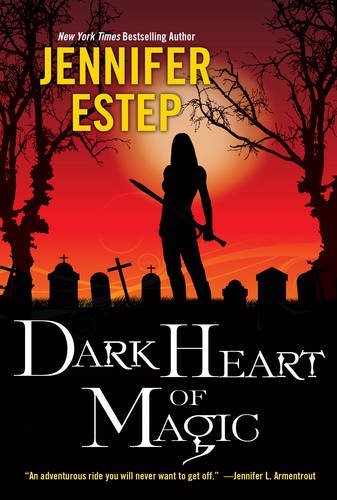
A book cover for Dark Heart of Magic (Black Blade); Jennifer Estep; Teen & Young Adult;